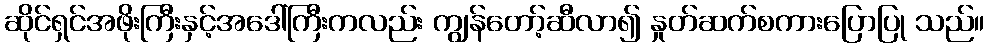
ဆိုင်ရှင်အဖိုးကြီးနှင့်အဒေါ်ကြီးကလည်း ကျွန်တော့်ဆီလာ၍ နှုတ်ဆက်စကားပြောပြု သည်။